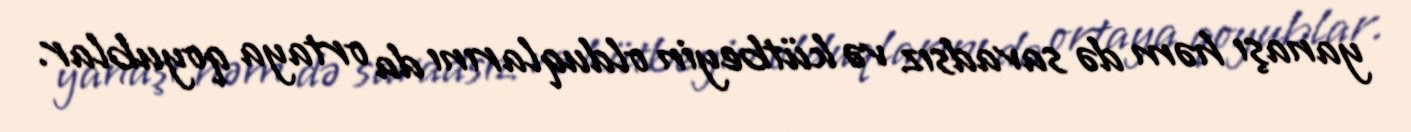
yanaşı həm də savadsız və kütbeyin olduqlarını da ortaya qoyublar.